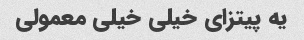
یه پیتزای خیلی خیلی معمولی